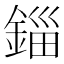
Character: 錙